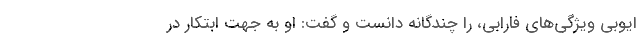
ایوبی ویژگی‌های فارابی، را چندگانه دانست و گفت: او به جهت ابتکار در